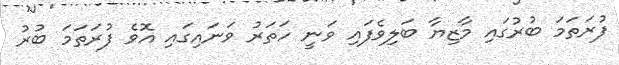
ފުރަތަމަ ބުރުގައި މާޒިޔާ ބަލިވެފައި ވަނީ ހަތަރު ވަނައިގައި އޮވެ ފުރަތަމަ ބުރު